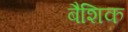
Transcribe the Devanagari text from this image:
बैशिक